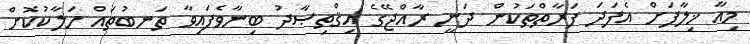
މިއާ ޚިލާފަށް އެފަދަ ފަރާތްތަކުން ދަނީ ރާއްޖޭގެ އިޤްތިޞާދު ބިނާވެފައިވާ ތަނބުތައް ހަލާކުކޮށް